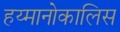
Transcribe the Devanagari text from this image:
हय्मानोकालिस